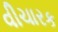
વીચારક